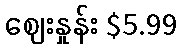
ဈေးနှုန်း $5.99